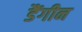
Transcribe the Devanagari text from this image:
डैंगीन